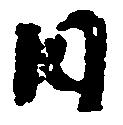
日